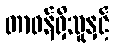
တာဝန်ရှိသူနှင့်